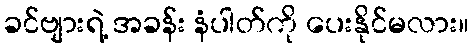
ခင်ဗျားရဲ့ အခန်း နံပါတ်ကို ပေးနိုင်မလား။